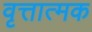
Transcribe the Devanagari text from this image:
वृत्तात्मक